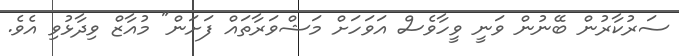
ސަރުކާރުން ބޭނުން ވަނީ ވީހާވެސް އަވަހަށް މަޝްވަރާތައް ފަށަަން" މުއާޒް ވިދާޅުވި އެވެ.